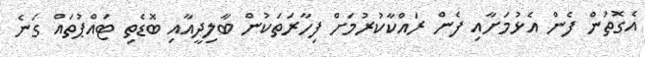
އެގޮތުން ފެން އެޅުމަށާއި ފެން ރައްކާކުރުމަށް ފިހާރަތަކުން ބާލިދީއާއި ބޮޑެތި ޓައްޕުތައް ގަނެ